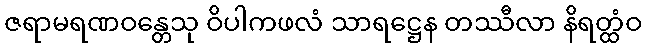
ဇရာမရဏဝန္တေသု ဝိပါကဖလံ သာရဋ္ဌေန တဿီလာ နိရတ္ထံဝ